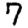
Digit: 7